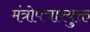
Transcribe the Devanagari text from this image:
मंत्रोपचारयुक्त